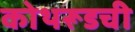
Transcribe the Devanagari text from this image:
कोथरूडची